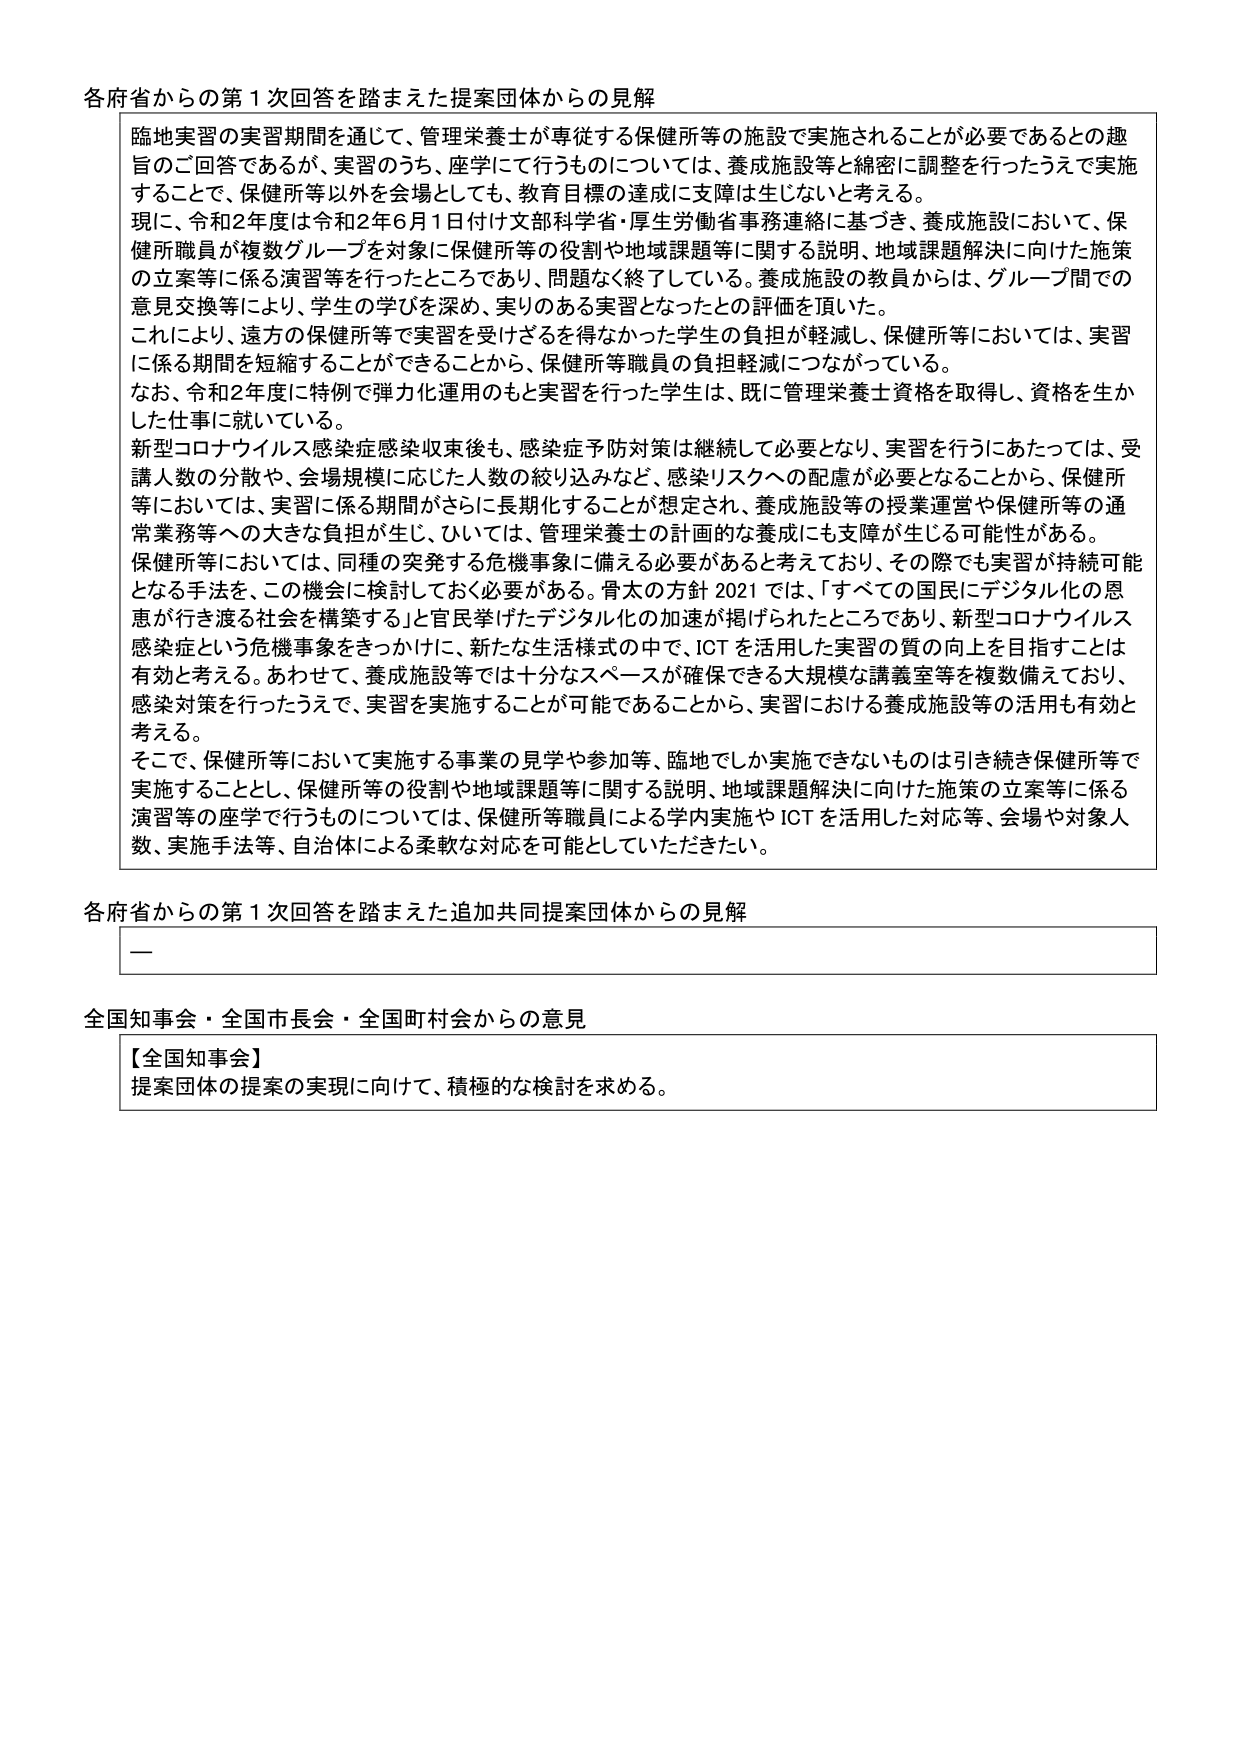
各府省からの第１次回答を踏まえた提案団体からの見解

臨地実習の実習期間を通じて、管理栄養士が専従する保健所等の施設で実施されることが必要であるとの趣旨のご回答であるが、実習のうち、座学にて行うものについては、養成施設等と綿密に調整を行ったうえで実施することで、保健所等以外を会場としても、教育目標の達成に支障は生じないと考える。

現に、令和2年度は令和2年6月1日付け文部科学省・厚生労働省事務連絡に基づき、養成施設において、保健所職員が複数グループを対象に保健所等の役割や地域課題等に関する説明、地域課題解決に向けた施策の立案等に係る演習等を行ったところであり、問題なく終了している。養成施設の教員からは、グループ間での意見交換等により、学生の学びを深め、実りのある実習となったとの評価を頂いた。

これにより、遠方の保健所等で実習を受けざるを得なかった学生の負担が軽減し、保健所等においては、実習に係る期間を短縮することができるから、保健所等職員の負担軽減につながっている。

なお、令和2年度に特例で弾力化運用のもと実習を行った学生は、既に管理栄養士資格を取得し、資格を生かした仕事に就いている。

新型コロナウイルス感染症感染収束後も、感染症予防対策は継続して必要となり、実習を行うにあたっては、受講人数の分散や、会場規模に応じた人数の絞り込みなど、感染リスクへの配慮が必要となることから、保健所等においては、実習に係る期間がさらに長期化することが想定され、養成施設等の授業運営や保健所等の通常業務等への大きな負担が生じ、ひいては、管理栄養士の計画的な養成にも支障が生じる可能性がある。

保健所等においては、同種の突発する危機事象に備える必要があると考えており、その際でも実習が持続可能となる手法を、この機会に検討しておく必要がある。骨太の方針2021では、「すべての国民にデジタル化の恩恵が行き渡る社会を構築する」と官民挙げたデジタル化の加速が掲げられたところであり、新型コロナウイルス感染症という危機事象をきっかけに、新たな生活様式の中で、ICTを活用した実習の質の向上を目指すことは有効と考える。あわせて、養成施設等では十分なスペースが確保できる大規模な講義室等を複数備えており、感染対策を行ったうえで、実習を実施することが可能であることから、実習における養成施設等の活用も有効と考える。

そこで、保健所等において実施する事業の見学や参加等、臨地でしか実施できないものは引き続き保健所等で実施することとし、保健所等の役割や地域課題等に関する説明、地域課題解決に向けた施策の立案等に係る演習等の座学で行うものについては、保健所等職員による学内実施やICTを活用した対応等、会場や対象人数、実施手法等、自治体による柔軟な対応を可能としていただきたい。

各府省からの第１次回答を踏まえた追加共同提案団体からの見解

—

全国知事会・全国市長会・全国町村会からの意見

【全国知事会】
提案団体の提案の実現に向けて、積極的な検討を求める。